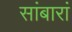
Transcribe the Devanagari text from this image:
सांबारां